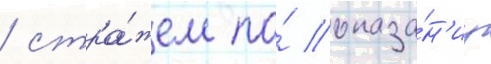
/ стра́жем по́ оказа́н'иу